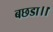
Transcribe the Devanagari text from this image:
बछडा।।